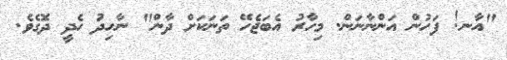
"އާނ! ފަހުން އަންނާނަން. މިހާރު އެބަޖެހޭ ތަނަކަށް ދާން" ނާހިދު ހެދީ ދޮގެވެ.